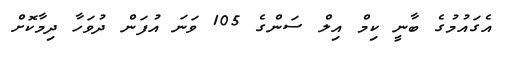
އެގައުމުގެ ބާނީ ކިމް އިލް ސަންގެ 105 ވަނަ އުފަން ދުވަހާ ދިމާކޮށް